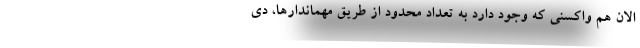
الان هم واکسنی که وجود دارد به تعداد محدود از طریق مهماندارها، دی